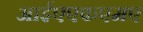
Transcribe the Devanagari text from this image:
आईएएफएमए